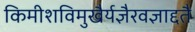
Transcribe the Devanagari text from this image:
किमीशविमुखैर्यज्ञैरवज्ञाद्दतै